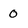
Character: 0